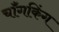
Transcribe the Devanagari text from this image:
चॉँगकिंग